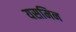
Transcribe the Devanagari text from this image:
यसमिन